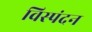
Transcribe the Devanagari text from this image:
विस्पंदन